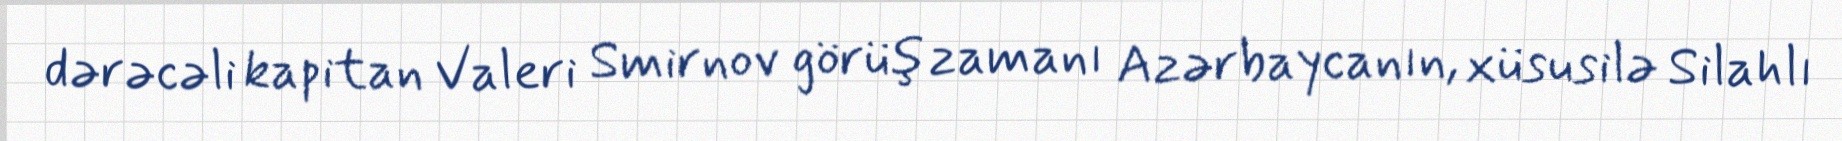
dərəcəli kapitan Valeri Smirnov görüş zamanı Azərbaycanın, xüsusilə Silahlı